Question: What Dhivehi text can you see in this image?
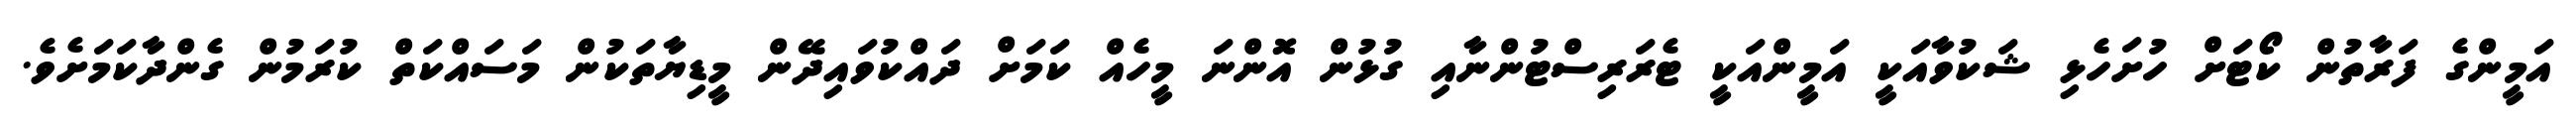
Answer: އަމީންގެ ފަރާތުން ކޯޓަށް ހުށަހެޅި ޝަކުވާއަކީ އަމީންއަކީ ޓެރަރިސްޓުންނާއި ގުޅުން އޮންނަ މީހެއް ކަމަށް ދައްކުވައިދޭން މީޑިޔާތަކުން މަސައްކަތް ކުރަމުން ގެންދާކަމަށެވެ.